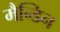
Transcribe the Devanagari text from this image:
मैन्डिन